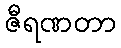
ဇီရဏတာ